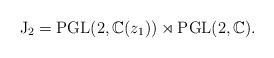
LaTeX: \begin{align*}\mathrm{J}_2=\mathrm{PGL}(2,\mathbb{C}(z_1))\rtimes\mathrm{PGL}(2,\mathbb{C}).\end{align*}